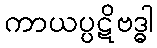
ကာယပ္ပဋိဗဒ္ဓါ